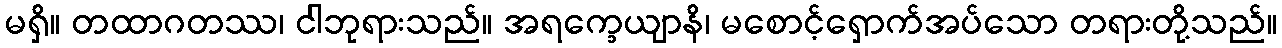
မရှိ။ တထာဂတဿ၊ ငါဘုရားသည်။ အရက္ခေယျာနိ၊ မစောင့်ရှောက်အပ်သော တရားတို့သည်။